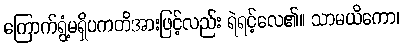
ကြောက်ရွံ့မရှိပကတိအားဖြင့်လည်း ရဲရင့်လေ၏။ သာမယိကော၊